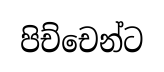
පිච්චෙන්ට